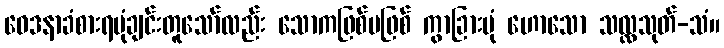
ဝေဒနာခံစားရပုံချင်းတူသော်လည်း သောကဖြစ်မဖြစ် ကွာခြားပုံ ဟောသော သလ္လသုတ်-သံ။